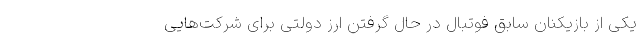
یکی از بازیکنان سابق فوتبال در حال گرفتن ارز دولتی برای شرکت‌هایی